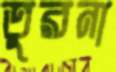
তুরনা